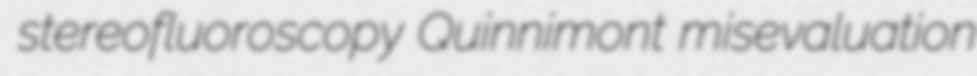
stereofluoroscopy Quinnimont misevaluation